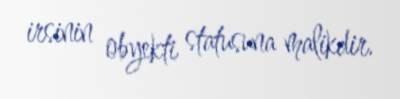
irsinin obyekti statusuna malikdir.